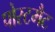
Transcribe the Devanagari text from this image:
पोस्टमैट